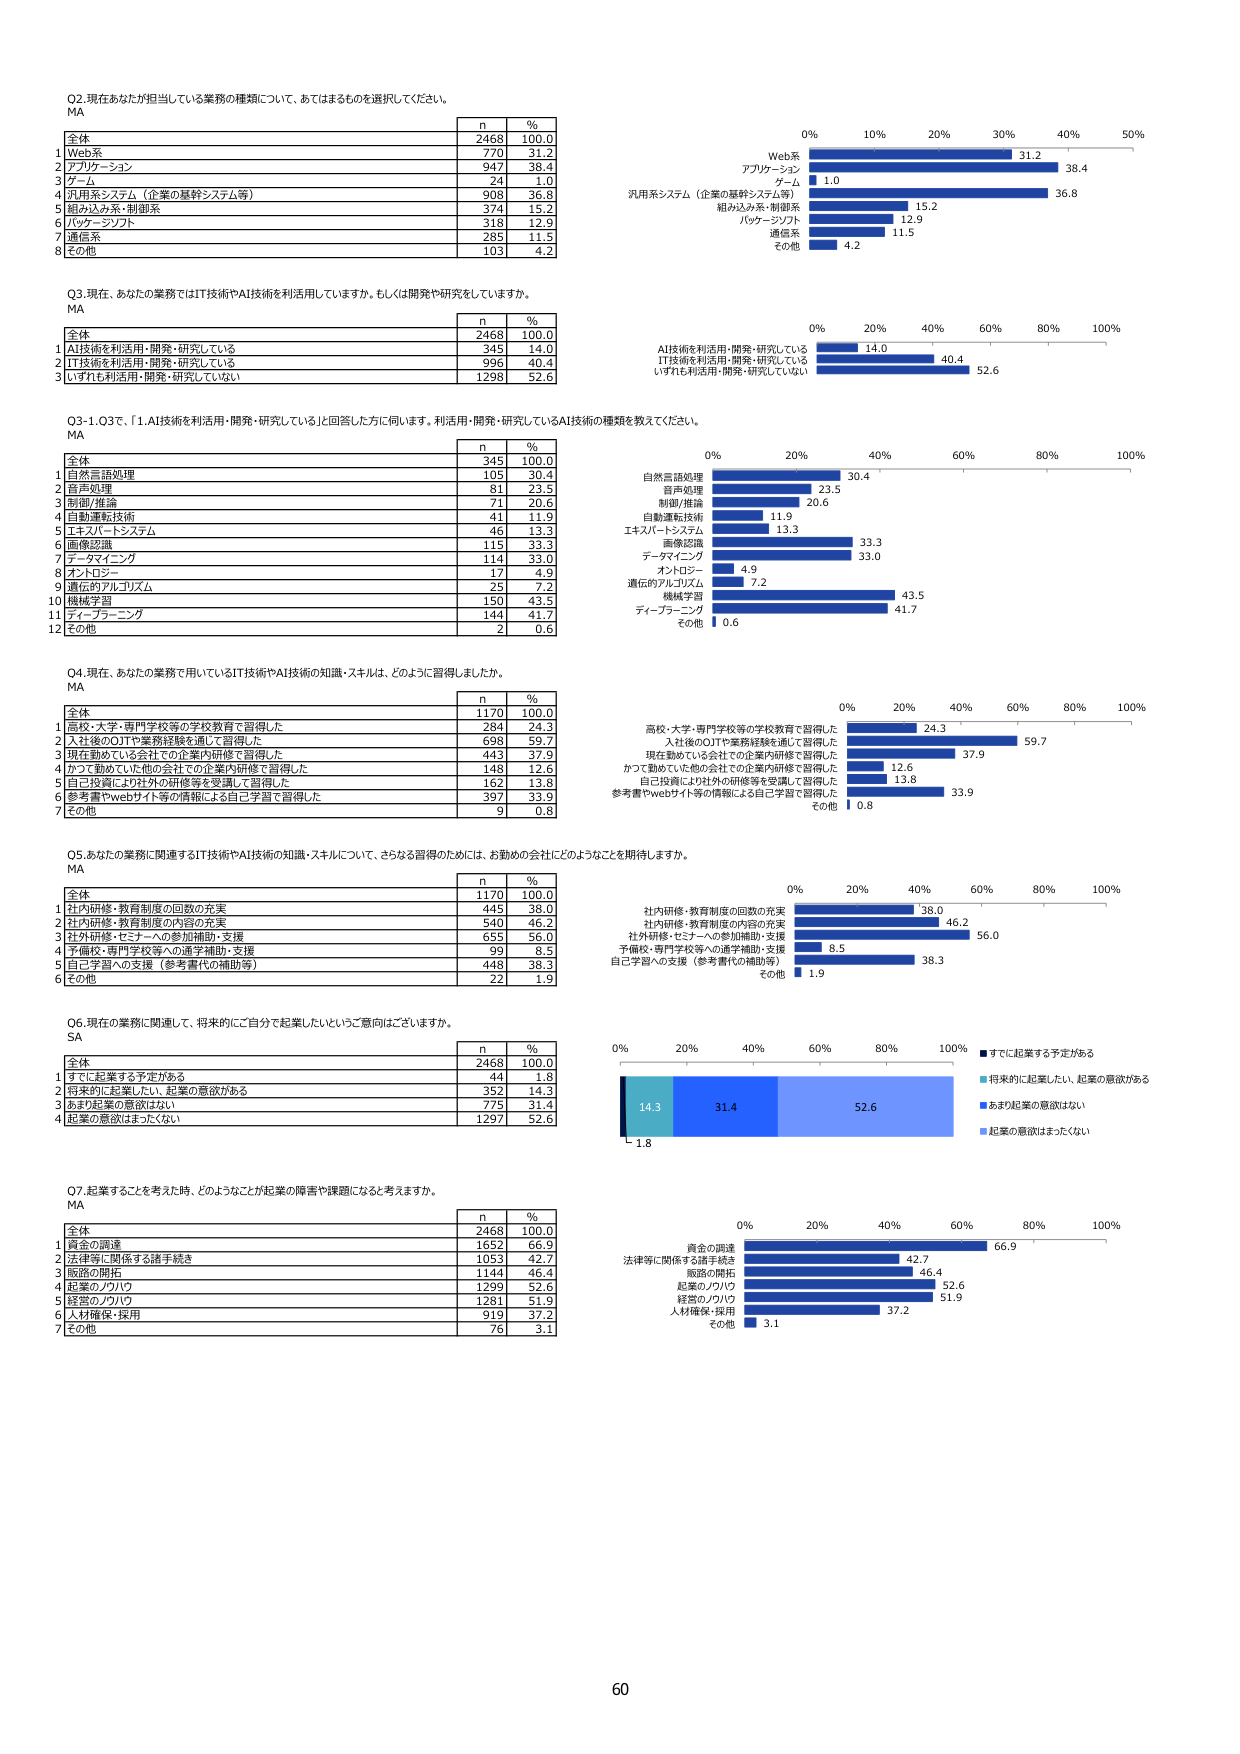
Q2. 現在あなたが担当している業務の種類について、あてはまるものを選択してください。
MA

n     %
全体     2468   100.0
1 Web系     770   31.2
2 アプリケーション     947   38.4
3 ゲーム     24   1.0
4 汎用系システム（企業の基幹システム等）     908   36.8
5 組み込み系・制御系     374   15.2
6 バッケージソフト     318   12.9
7 通信系     285   11.5
8 その他     103   4.2

Q3. 現在、あなたの業務ではIT技術やAI技術を利活用していますか。もしくは開発や研究をしていますか。
MA

n     %
全体     2468   100.0
1 AI技術を利活用・開発・研究している     345   14.0
2 IT技術を利活用・開発・研究している     996   40.4
3 いずれも利活用・開発・研究していない     1298   52.6

Q3-1, Q3で、「1. AI技術を利活用・開発・研究している」と回答した方に伺います。利活用・開発・研究しているAI技術の種類を教えてください。
MA

n     %
全体     345   100.0
1 自然言語処理     105   30.4
2 音声処理     81   23.5
3 制御/推論     71   20.6
4 自動運転技術     41   11.9
5 エキスパートシステム     46   13.3
6 画像認識     115   33.3
7 データマイニング     114   33.0
8 オントロジー     17   4.9
9 遺伝的アルゴリズム     25   7.2
10 機械学習     150   43.5
11 ディープラーニング     144   41.7
12 その他     2   0.6

Q4. 現在、あなたの業務で用いているIT技術やAI技術の知識・スキルは、どのように習得しましたか。
MA

n     %
全体     1170   100.0
1 高校・大学・専門学校等の学校教育で習得した     284   24.3
2 入社後のOJTや業務経験を通じて習得した     698   59.7
3 現在勤めている会社での企業内研修で習得した     443   37.9
4 かつて勤めていた他の会社での企業内研修で習得した     148   12.6
5 自己投資により社外の研修等を受講して習得した     162   13.8
6 参考書やwebサイト等の情報による自己学習で習得した     397   33.9
7 その他     9   0.8

Q5. あなたの業務に関連するIT技術やAI技術の知識・スキルについて、さらなる習得のためには、お勤めの会社にどのようなことを期待しますか。
MA

n     %
全体     1170   100.0
1 社内研修・教育制度の回数の充実     445   38.0
2 社内研修・教育制度の内容の充実     540   46.2
3 社外研修・セミナーへの参加補助・支援     655   56.0
4 予備校・専門学校等への通学補助・支援     99   8.5
5 自己学習への支援（参考書代の補助等）     448   38.3
6 その他     22   1.9

Q6. 現在の業務に関連して、将来的にご自分で起業したいというご意向はございますか。
SA

n     %
全体     2468   100.0
1 すでに起業する予定がある     44   1.8
2 将来的に起業したい、起業の意欲がある     352   14.3
3 あまり起業の意欲はない     775   31.4
4 起業の意欲はまったくない     1297   52.6

Q7. 起業することを考えた時、どのようなことが起業の障害や課題になると考えますか。
MA

n     %
全体     2468   100.0
1 資金の調達     1652   66.9
2 法律等に関係する諸手続き     1053   42.7
3 販路の開拓     1144   46.4
4 起業のノウハウ     1299   52.6
5 経営のノウハウ     1281   51.9
6 人材確保・採用     919   37.2
7 その他     76   3.1

Web系 31.2
アプリケーション 38.4
ゲーム 1.0
汎用系システム（企業の基幹システム等） 36.8
組み込み系・制御系 15.2
バッケージソフト 12.9
通信系 11.5
その他 4.2

AI技術を利活用・開発・研究している 14.0
IT技術を利活用・開発・研究している 40.4
いずれも利活用・開発・研究していない 52.6

自然言語処理 30.4
音声処理 23.5
制御/推論 20.6
自動運転技術 11.9
エキスパートシステム 13.3
画像認識 33.3
データマイニング 33.0
オントロジー 4.9
遺伝的アルゴリズム 7.2
機械学習 43.5
ディープラーニング 41.7
その他 0.6

高校・大学・専門学校等の学校教育で習得した 24.3
入社後のOJTや業務経験を通じて習得した 59.7
現在勤めている会社での企業内研修で習得した 37.9
かつて勤めていた他の会社での企業内研修で習得した 12.6
自己投資により社外の研修等を受講して習得した 13.8
参考書やwebサイト等の情報による自己学習で習得した 33.9
その他 0.8

社内研修・教育制度の回数の充実 38.0
社内研修・教育制度の内容の充実 46.2
社外研修・セミナーへの参加補助・支援 56.0
予備校・専門学校等への通学補助・支援 8.5
自己学習への支援（参考書代の補助等） 38.3
その他 1.9

すでに起業する予定がある 1.8
将来的に起業したい、起業の意欲がある 14.3
あまり起業の意欲はない 31.4
起業の意欲はまったくない 52.6

資金の調達 66.9
法律等に関係する諸手続き 42.7
販路の開拓 46.4
起業のノウハウ 52.6
経営のノウハウ 51.9
人材確保・採用 37.2
その他 3.1

60